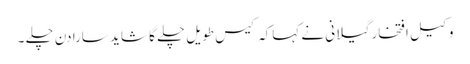
وکیل افتخار گیلانی نے کہاکہ کیس طویل چلے گا شاید سارا دن چلے ۔